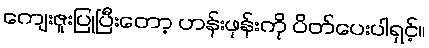
ကျေးဇူးပြုပြီးတော့ ဟန်းဖုန်းကို ပိတ်ပေးပါရှင့်။